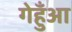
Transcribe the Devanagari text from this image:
गेहुँआ